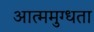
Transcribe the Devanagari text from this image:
आत्ममुग्धता